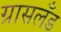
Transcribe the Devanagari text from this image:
ग्रासलँड